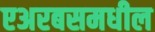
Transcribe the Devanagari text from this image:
एअरबसमधील